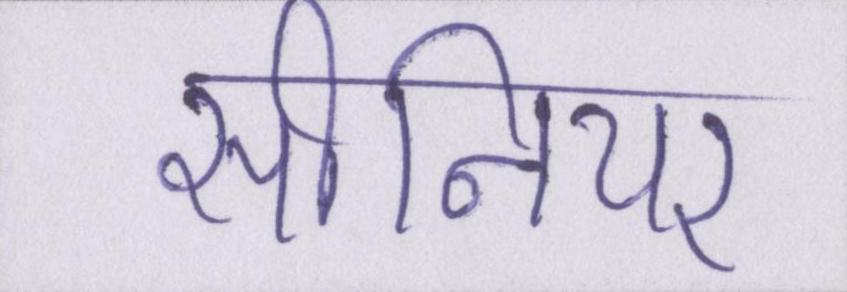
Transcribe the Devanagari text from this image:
सीनियर